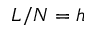
L / N = h